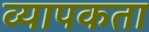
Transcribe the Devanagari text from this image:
व्‍यापकता